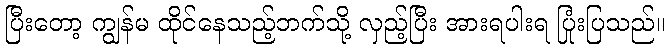
ပြီးတော့ ကျွန်မ ထိုင်နေသည့်ဘက်သို့ လှည့်ပြီး အားရပါးရ ပြုံးပြသည်။